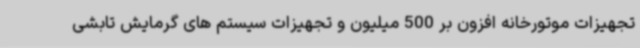
تجهیزات موتورخانه افزون بر 500 میلیون و تجهیزات سیستم های گرمایش تابشی